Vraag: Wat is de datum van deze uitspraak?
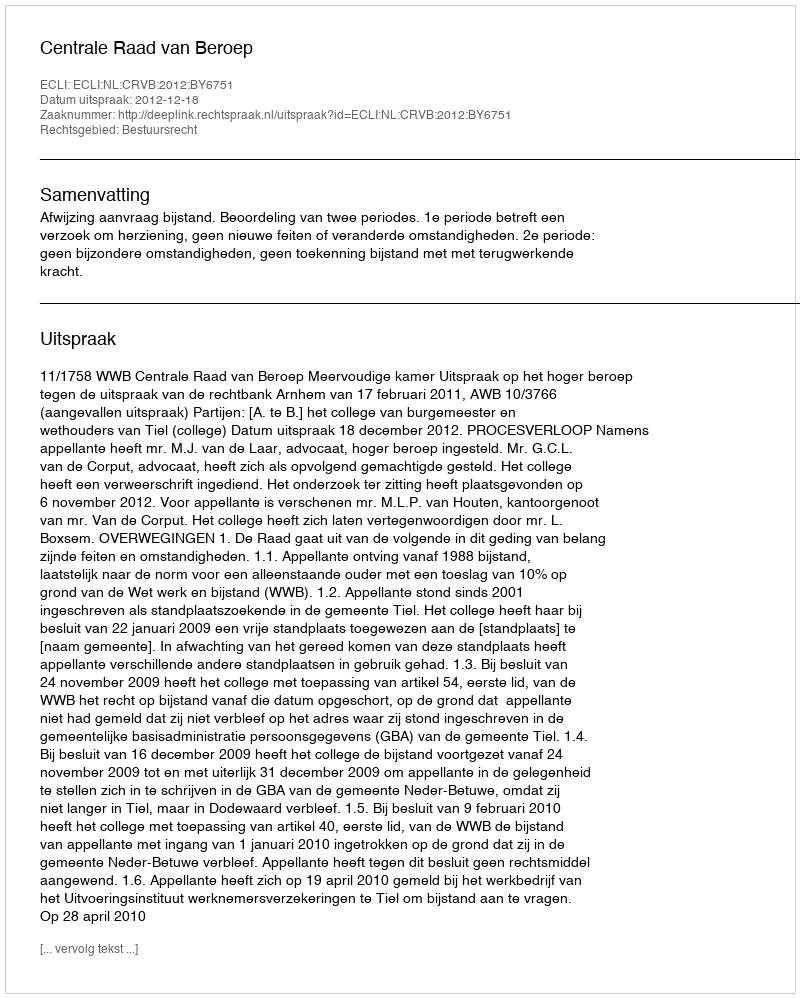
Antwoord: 2012-12-18